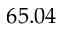
6 5 . 0 4